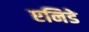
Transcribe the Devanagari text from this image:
एनिडे